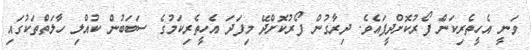
ވަނީ އެހީތެރިކަން ފޯރުކޮށްދީފައެވެ. ދިރާގުން ފޯރުކޮށްދޭ މިފަދަ އެހީތެރިކަމުގެ ސަބަބުން ކުއްލި ހާލަތްތަކުގައި